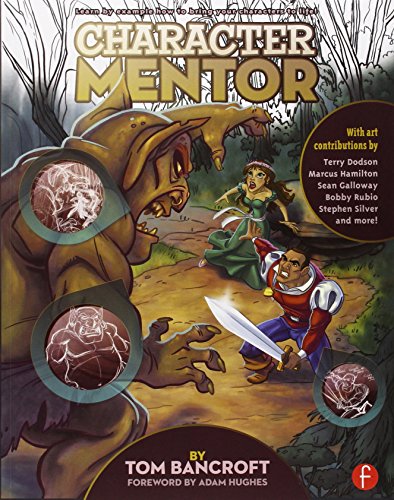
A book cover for Character Mentor: Learn by Example to Use Expressions, Poses, and Staging to Bring Your Characters to Life; Tom Bancroft; Comics & Graphic Novels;